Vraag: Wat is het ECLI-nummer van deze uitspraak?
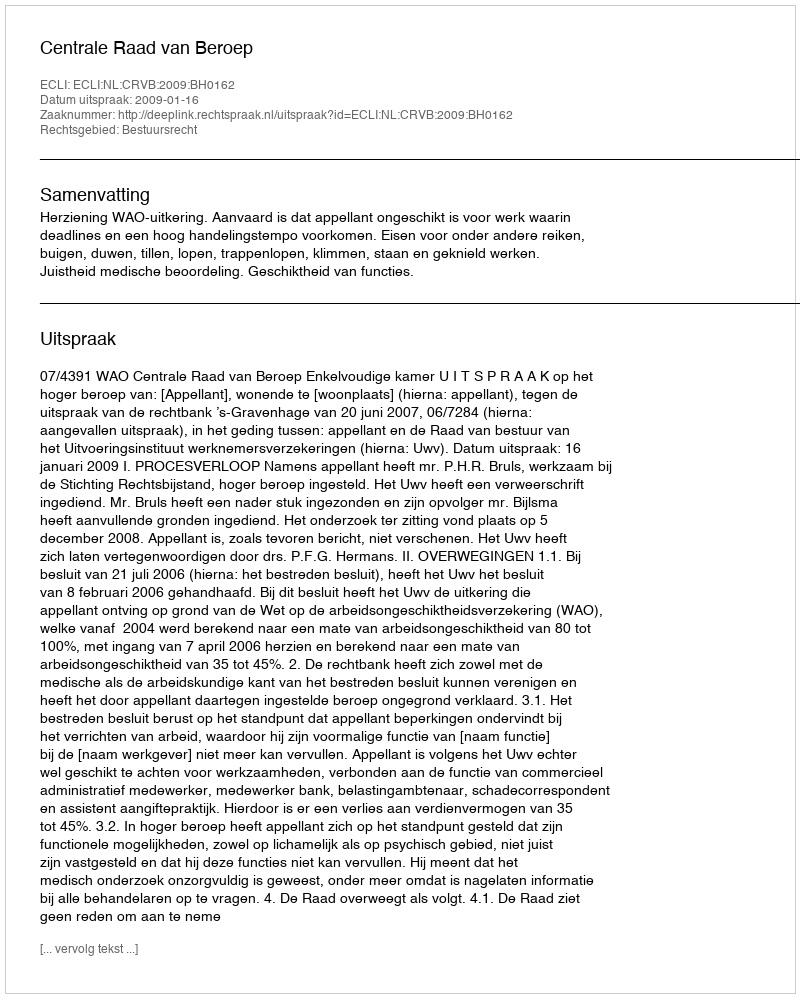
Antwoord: ECLI:NL:CRVB:2009:BH0162